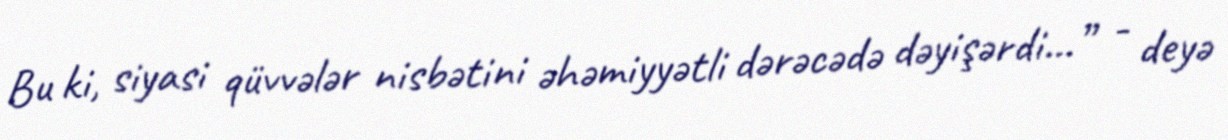
Bu ki, siyasi qüvvələr nisbətini əhəmiyyətli dərəcədə dəyişərdi...” - deyə